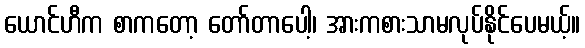
ယောင်ဟီက စာကတော့ တော်တာပေါ့၊ အားကစားသာမလုပ်နိုင်ပေမယ့်။